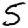
Digit: 5